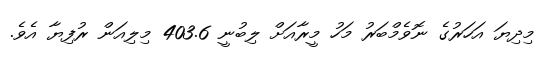
މިދިޔަ އަހަރުގެ ނޮވެމްބަރު މަހު މީރާއަށް ލިބުނީ 403.6 މިލިއަން ރުފިޔާ އެވެ.